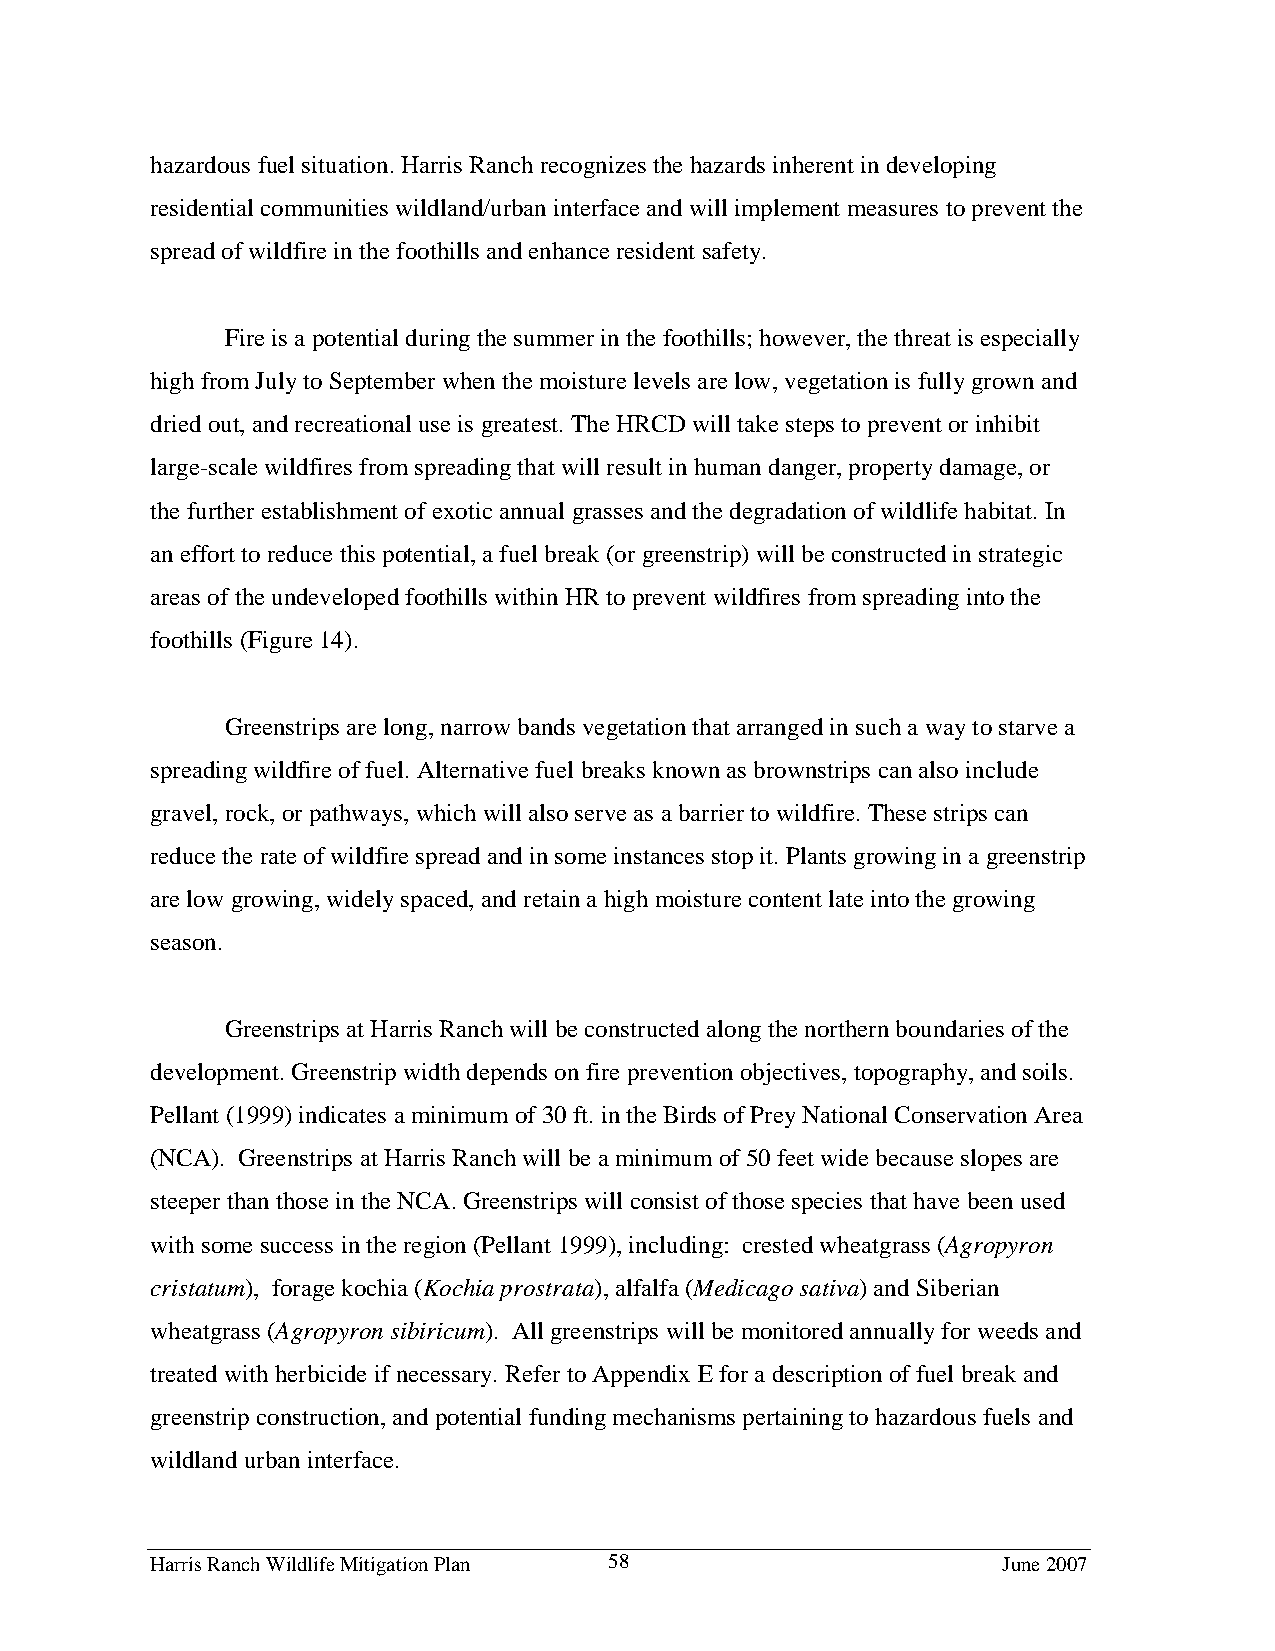
hazardous fuel situation. Harris Ranch recognizes the hazards inherent in developing
 residential communities wildland/urban interface and will implement measures to prevent the
 spread of wildfire in the foothills and enhance resident safety.
 Fire is a potential during the summer in the foothills; however, the threat is especially
 high from July to September when the moisture levels are low, vegetation is fully grown and
 dried out, and recreational use is greatest. The HRCD will take steps to prevent or inhibit
 large-scale wildfires from spreading that will result in human danger, property damage, or
 the further establishment of exotic annual grasses and the degradation of wildlife habitat. In
 an effort to reduce this potential, a fuel break (or greenstrip) will be constructed in strategic
 areas of the undeveloped foothills within HR to prevent wildfires from spreading into the
 foothills (Figure 14).
 Greenstrips are long, narrow bands vegetation that arranged in such a way to starve a
 spreading wildfire of fuel. Alternative fuel breaks known as brownstrips can also include
 gravel, rock, or pathways, which will also serve as a barrier to wildfire. These strips can
 reduce the rate of wildfire spread and in some instances stop it. Plants growing in a greenstrip
 are low growing, widely spaced, and retain a high moisture content late into the growing
 season.
 Greenstrips at Harris Ranch will be constructed along the northern boundaries of the
 development. Greenstrip width depends on fire prevention objectives, topography, and soils.
 Pellant (1999) indicates a minimum of 30 ft. in the Birds of Prey National Conservation Area
 (NCA). Greenstrips at Harris Ranch will be a minimum of 50 feet wide because slopes are
 steeper than those in the NCA. Greenstrips will consist of those species that have been used
 with some success in the region (Pellant 1999), including: crested wheatgrass (Agropyron
 cristatum), forage kochia (Kochia prostrata), alfalfa (Medicago sativa) and Siberian
 wheatgrass (Agropyron sibiricum). All greenstrips will be monitored annually for weeds and
 treated with herbicide if necessary. Refer to Appendix E for a description of fuel break and
 greenstrip construction, and potential funding mechanisms pertaining to hazardous fuels and
 wildland urban interface.
 Harris Ranch Wildlife Mitigation Plan 58                June 2007